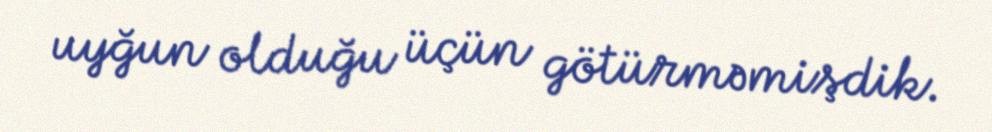
uyğun olduğu üçün götürməmişdik.